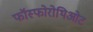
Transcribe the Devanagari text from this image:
फॉस्फोरोथिओट